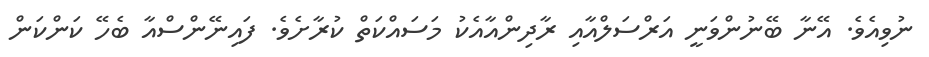
ނުވިއެވެ. އޭނާ ބޭނުންވަނީ އަރްސަލްއާއި ރާދިންއާއެކު މަސައްކަތް ކުރާށެވެ. ފައިނޭންސްއާ ބެހޭ ކަންކަން